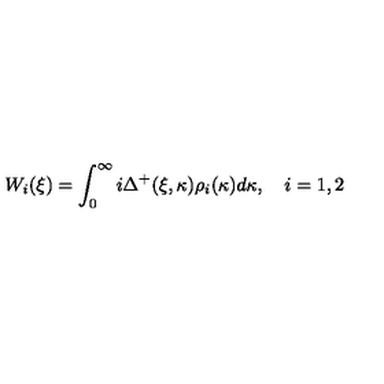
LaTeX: W _ { i } ( \xi ) = \int _ { 0 } ^ { \infty } i \Delta ^ { + } ( \xi , \kappa ) \rho _ { i } ( \kappa ) d \kappa , \quad i = 1 , 2